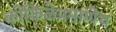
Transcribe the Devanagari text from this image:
कोकिळेप्रमाणेच